Preliminary report on a parasite found in persons suffering from enlargement of the spleen in India - Number 8
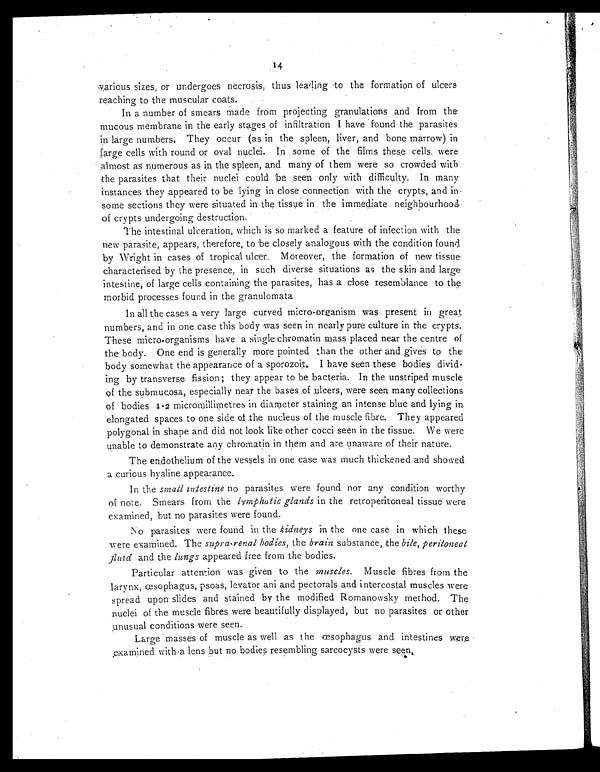
14
various sizes, or undergoes necrosis, thus leading to the formation of ulcers
reaching to the muscular coats.
In a number of smears made from projecting granulations and from the
mucous membrane in the early stages of infiltration I have found the parasites-
in large numbers. They occur (as in the spleen, liver, and bone marrow) in
large cells with round or oval nuclei. In some of the films these cells, were
almost as numerous as in the spleen, and many of them were .so crowded with
the parasites that their nuclei could be seen only with difficulty. In many
instances they appeared to be lying in close connection with the crypts, and in.
some sections they were situated in the tissue in the immediate neighbourhood
of crypts undergoing destruction.
The intestinal ulceration, which is so marked a feature of infection with the
new parasite, appears, therefore, to be closely analogous with the condition found
by Wright in cases of tropical ulcer. Moreover, the formation of new tissue
characterised by the presence, in such diverse situations as the skin and large
intestine, of large cells containing the parasites, has a close resemblance to the
morbid processes found in the granulomata
In all the cases a very large curved micro-organism was present in great
numbers, and in one case this body vas seen in nearly pure culture in the crypts.
These micro-organisms have a single chromatin mass placed near the centre of
the body. One end is generally more pointed than the other and gives to the
body somewhat the appearance of a sporozoit. I have seen these bodies divid-
ing by transverse fission; they appear to be bacteria. In the unstriped muscle
of the submucosa, especially near the bases .of ulcers, were seen many collections
of bodies 1-2 micromillimetres in diameter staining an intense blue and lying in
elongated spaces to one side of the nucleus of the muscle fibre. They appeared
polygonal in shape and did not look like other cocci seen in the tissue. We were
unable to demonstrate any chromatin in them and are unaware of their nature.
The endothelium of the vessels in one case was much thickened and showed
a curious hyaline appearance.
In the small intestine no parasites were found nor any condition worthy
of note Smears from the lymphatic glands in the retroperitoneal tissue were
examined, but no parasites were found.
No parasites were found in the kidneys in the one case in which these
were examined. The supra-renal bodies, the brain substance, the bile, peritoneal
fluid and the lungs appeared free from the bodies.
Particular attention was given to the muscles. Muscle fibres from the
larynx, œsophagus, psoas, levator ani arid pectorals and intercostal muscles were
spread upon slides and stained by the modified Romanowsky method. The
nuclei of the muscle fibres were beautifully displayed, but no parasites or other
unusual conditions were seen.
Large masses of muscle as well as the œsophagus and intestines were
examined with a lens but no bodies resembling sarcocysts were seen.